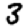
Digit: 3